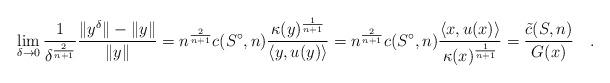
LaTeX: \begin{align*}\lim_{\delta\rightarrow 0} \frac{1}{\delta^{\frac{2}{n+1}}}\frac{\|y^{\delta}\|-\|y\|}{\|y\|}=n^{\frac{2}{n+1}}c(S^{\circ},n)\frac{\kappa(y)^{\frac{1}{n+1}}}{\langle y, u(y) \rangle}=n^{\frac{2}{n+1}}c(S^{\circ},n)\frac{\langle x, u(x)\rangle}{\kappa(x)^{\frac{1}{n+1}}}=\frac{\tilde{c}(S,n)}{G(x)}\quad.\end{align*}